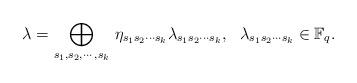
LaTeX: \begin{align*}\lambda = \underset{s_1,s_2,\cdots,s_k}{\bigoplus}~ \eta_{s_1s_2\cdots s_k}\lambda_{s_1s_2\cdots s_k}, ~~\lambda_{s_1s_2\cdots s_k} \in \mathbb{F}_{q}.\end{align*}